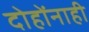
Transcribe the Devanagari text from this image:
दोहोंनाही